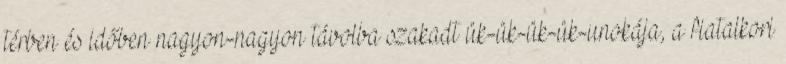
térben és időben nagyon-nagyon távolba szakadt ük-ük-ük-ük-unokája, a fiatalkori